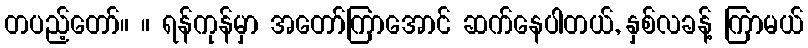
တပည့်တော်။ ။ ရန်ကုန်မှာ အတော်ကြာအောင် ဆက်နေပါတယ်, နှစ်လခန့် ကြာမယ်